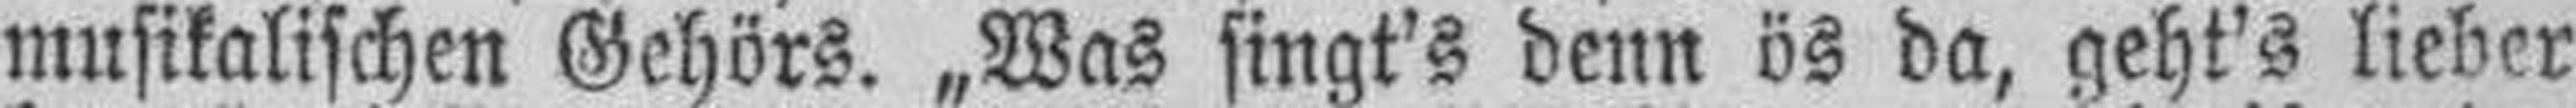
musikalischen Gehörs. „Was singt's denn ös da, geht's lieber